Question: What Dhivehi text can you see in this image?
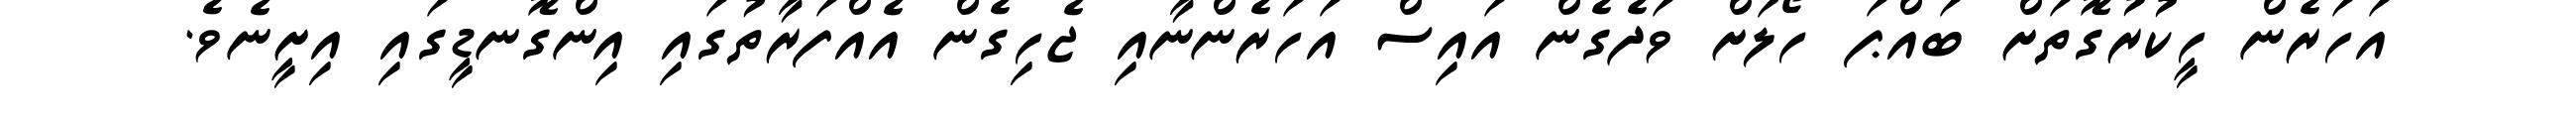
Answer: އަހަރެން ހީކުރުގޮތަށް ބައްޕަ ހޯލަށް ވަދެގެން އައިސް އަހަރެންނާއި ޖެހިގެން އެއްފަރާތުގައި އިންގޮނޑީގައި އިށީނެވެ.